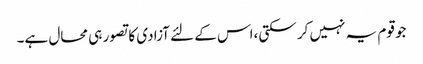
جو قوم یہ نہیں کر سکتی،اس کے لئے آزادی کا تصور ہی محال ہے۔